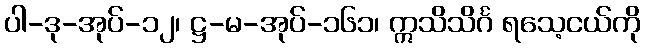
ပါ-ဒု-အုပ်-၁၂၊ ဋ္ဌ-မ-အုပ်-၁၆၁၊ ဣသိသိင်္ဂ ရသေ့ငယ်ကို